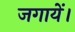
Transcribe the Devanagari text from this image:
जगायें।